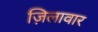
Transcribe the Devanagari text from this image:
ज़िलावार